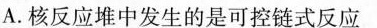
A.核反应堆中发生的是可控链式反应